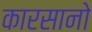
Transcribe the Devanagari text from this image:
कारसानो